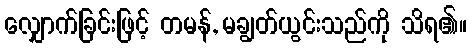
လျှောက်ခြင်းဖြင့် တမန်, မချွတ်ယွင်းသည်ကို သိရ၏။